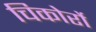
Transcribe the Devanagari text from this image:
चिकोर्रो